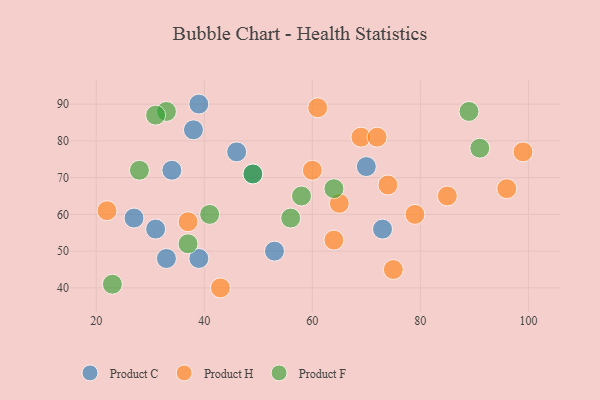
{"axis": {"x": "GDP", "y": "Life Expectancy"}, "legend": ["Product C", "Product F", "Product H"], "data": [{"x": "34", "y": 72, "type": "Product C"}, {"x": "49", "y": 71, "type": "Product C"}, {"x": "39", "y": 48, "type": "Product C"}, {"x": "73", "y": 56, "type": "Product C"}, {"x": "70", "y": 73, "type": "Product C"}, {"x": "46", "y": 77, "type": "Product C"}, {"x": "38", "y": 83, "type": "Product C"}, {"x": "39", "y": 90, "type": "Product C"}, {"x": "27", "y": 59, "type": "Product C"}, {"x": "31", "y": 56, "type": "Product C"}, {"x": "33", "y": 48, "type": "Product C"}, {"x": "53", "y": 50, "type": "Product C"}, {"x": "64", "y": 53, "type": "Product H"}, {"x": "43", "y": 40, "type": "Product H"}, {"x": "22", "y": 61, "type": "Product H"}, {"x": "96", "y": 67, "type": "Product H"}, {"x": "65", "y": 63, "type": "Product H"}, {"x": "79", "y": 60, "type": "Product H"}, {"x": "69", "y": 81, "type": "Product H"}, {"x": "60", "y": 72, "type": "Product H"}, {"x": "85", "y": 65, "type": "Product H"}, {"x": "72", "y": 81, "type": "Product H"}, {"x": "61", "y": 89, "type": "Product H"}, {"x": "75", "y": 45, "type": "Product H"}, {"x": "99", "y": 77, "type": "Product H"}, {"x": "37", "y": 58, "type": "Product H"}, {"x": "74", "y": 68, "type": "Product H"}, {"x": "58", "y": 65, "type": "Product F"}, {"x": "28", "y": 72, "type": "Product F"}, {"x": "56", "y": 59, "type": "Product F"}, {"x": "37", "y": 52, "type": "Product F"}, {"x": "33", "y": 88, "type": "Product F"}, {"x": "89", "y": 88, "type": "Product F"}, {"x": "64", "y": 67, "type": "Product F"}, {"x": "31", "y": 87, "type": "Product F"}, {"x": "41", "y": 60, "type": "Product F"}, {"x": "23", "y": 41, "type": "Product F"}, {"x": "91", "y": 78, "type": "Product F"}, {"x": "49", "y": 71, "type": "Product F"}]}